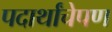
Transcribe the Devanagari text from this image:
पदार्थांचेपण